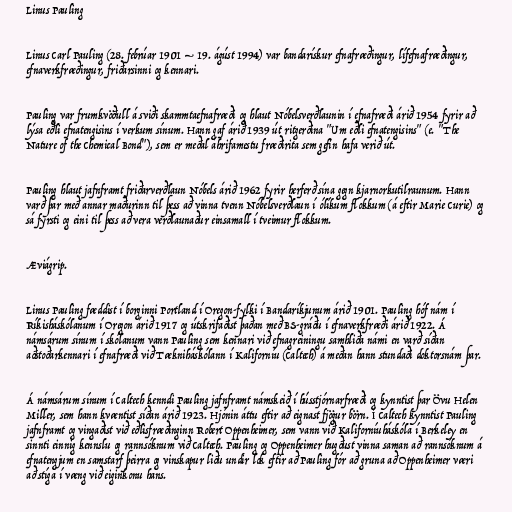
Linus Pauling

Linus Carl Pauling (28. febrúar 1901 – 19. ágúst 1994) var bandarískur efnafræðingur, lífefnafræðingur,
efnaverkfræðingur, friðarsinni og kennari.

Pauling var frumkvöðull á sviði skammtaefnafræði og hlaut Nóbelsverðlaunin í efnafræði árið 1954 fyrir að
lýsa eðli efnatengisins í verkum sínum. Hann gaf árið 1939 út ritgerðina "Um eðli efnatengisins" (e. "The
Nature of the Chemical Bond"), sem er meðal áhrifamestu fræðirita sem gefin hafa verið út.

Pauling hlaut jafnframt friðarverðlaun Nóbels árið 1962 fyrir herferð sína gegn kjarnorkutilraunum. Hann
varð þar með annar maðurinn til þess að vinna tvenn Nóbelsverðlaun í ólíkum flokkum (á eftir Marie Curie) og
sá fyrsti og eini til þess að vera verðlaunaður einsamall í tveimur flokkum.

Æviágrip.

Linus Pauling fæddist í borginni Portland í Oregon-fylki í Bandaríkjunum árið 1901. Pauling hóf nám í
Ríkisháskólanum í Oregon árið 1917 og útskrifaðist þaðan með BS-gráðu í efnaverkfræði árið 1922. Á
námsárum sínum í skólanum vann Pauling sem kennari við efnagreiningu samhliða námi en varð síðan
aðstoðarkennari í efnafræði við Tækniháskólann í Kaliforníu (Caltech) á meðan hann stundaði doktorsnám þar.

Á námsárum sínum í Caltech kenndi Pauling jafnframt námskeið í hússtjórnarfræði og kynntist þar Övu Helen
Miller, sem hann kvæntist síðan árið 1923. Hjónin áttu eftir að eignast fjögur börn. Í Caltech kynntist Pauling
jafnframt og vingaðist við eðlisfræðinginn Robert Oppenheimer, sem vann við Kaliforníuháskóla í Berkeley en
sinnti einnig kennslu og rannsóknum við Caltech. Pauling og Oppenheimer hugðust vinna saman að rannsóknum á
efnatengjum en samstarf þeirra og vinskapur liðu undir lok eftir að Pauling fór að gruna að Oppenheimer væri
að stíga í væng við eiginkonu hans.